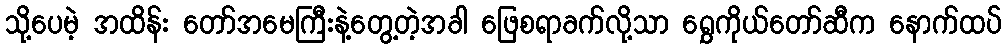
သို့ပေမဲ့ အထိန်း တော်အမေကြီးနဲ့တွေ့တဲ့အခါ ဖြေစရာခက်လို့သာ ရွှေကိုယ်တော်ဆီက နောက်ထပ်